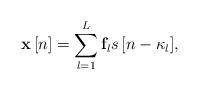
\begin{align*} {\bf{x}}\left[ n \right] = \sum\limits_{l = 1}^L {{{\bf{f}}_l}s\left[ {n - {\kappa _l}} \right]}, \end{align*}